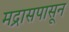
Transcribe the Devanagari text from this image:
मद्रासपासून